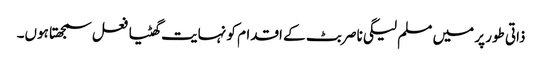
ذاتی طور پر میں مسلم لیگی ناصر بٹ کے اقدام کو نہایت گھٹیا فعل سمجھتا ہوں۔